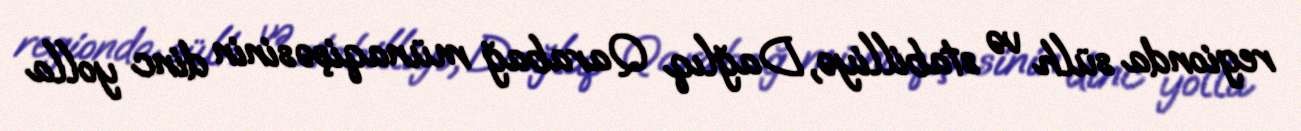
regionda sülh və stabilliyə, Dağlıq Qarabağ münaqişəsinin dinc yolla